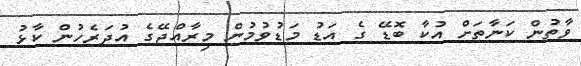
ވާތުން ކަނާތަށް އުކާ ބޮޑޭ ގެ އަޑު މަޑުވުމުން މިރާއްޖޭގެ އުދަރެހުން ކާޅު